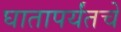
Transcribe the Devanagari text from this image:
घातापर्यंतचे